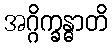
အဂ္ဂိက္ခန္ဓာတိ